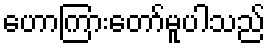
ဟောကြားတော်မူပါသည်